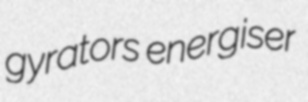
gyrators energiser